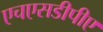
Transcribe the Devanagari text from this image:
एचएसडीपीए